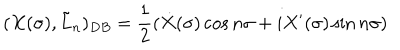
( X ( \sigma ) , \tilde { L } _ { n } ) _ { D B } = \frac { 1 } { 2 } ( \dot { X } ( \sigma ) \cos n \sigma + i X ^ { \prime } ( \sigma ) \sin n \sigma )